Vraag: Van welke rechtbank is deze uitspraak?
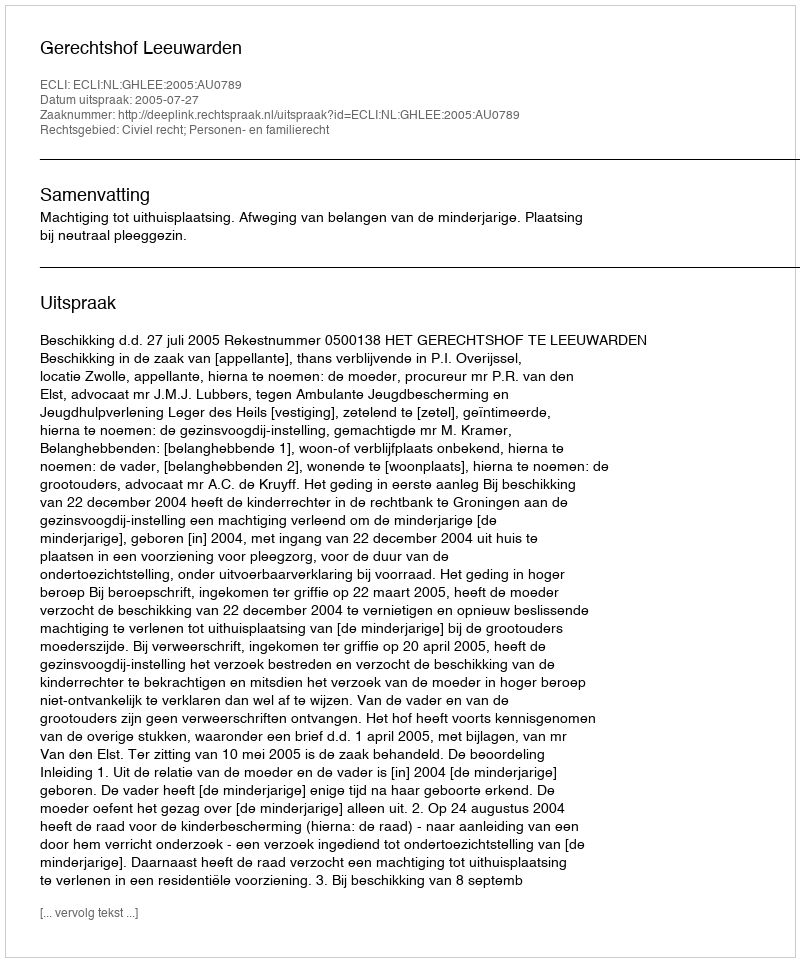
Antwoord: Gerechtshof Leeuwarden